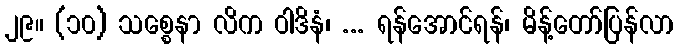
၂၉။ (၁၀) သစ္စေနာ လိက ဝါဒိနံ၊ ... ရန်အောင်ရန်၊ မိန့်တော်ပြန်လာ